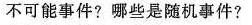
不可能事件?哪些是随机事件?